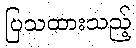
ပြသထားသည့်